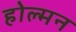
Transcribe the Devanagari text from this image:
होल्मन